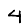
Digit: 4